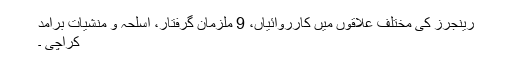
رینجرز کی مختلف علاقوں میں کارروائیاں، 9 ملزمان گرفتار، اسلحہ و منشیات برآمد
کراچی ۔